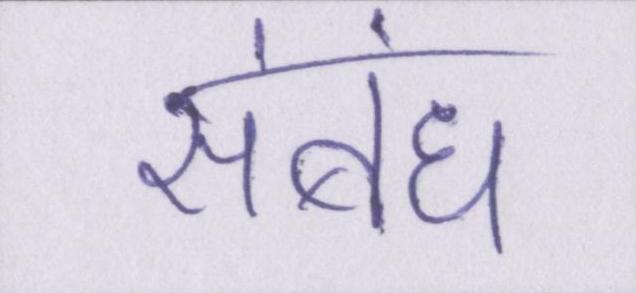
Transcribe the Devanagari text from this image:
संबंध